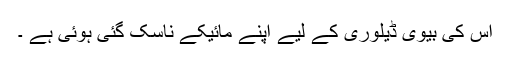
اس کی بیوی ڈیلوری کے لیے اپنے مائیکے ناسک گئی ہوئی ہے ۔